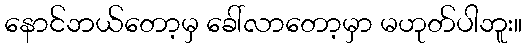
နောင်ဘယ်တော့မှ ခေါ်လာတော့မှာ မဟုတ်ပါဘူး။